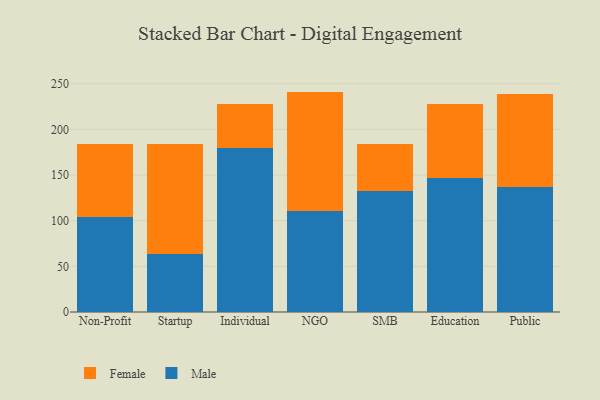
{"axis": {"x": "Segment", "y": "Page Views"}, "legend": ["Female", "Male"], "data": [{"x": "Non-Profit", "y": 104.4, "type": "Male"}, {"x": "Non-Profit", "y": 79.9, "type": "Female"}, {"x": "Startup", "y": 63.4, "type": "Male"}, {"x": "Startup", "y": 120.2, "type": "Female"}, {"x": "Individual", "y": 179.9, "type": "Male"}, {"x": "Individual", "y": 47.4, "type": "Female"}, {"x": "NGO", "y": 111.1, "type": "Male"}, {"x": "NGO", "y": 130.3, "type": "Female"}, {"x": "SMB", "y": 132.8, "type": "Male"}, {"x": "SMB", "y": 50.8, "type": "Female"}, {"x": "Education", "y": 147.2, "type": "Male"}, {"x": "Education", "y": 80.5, "type": "Female"}, {"x": "Public", "y": 137.3, "type": "Male"}, {"x": "Public", "y": 102.0, "type": "Female"}]}